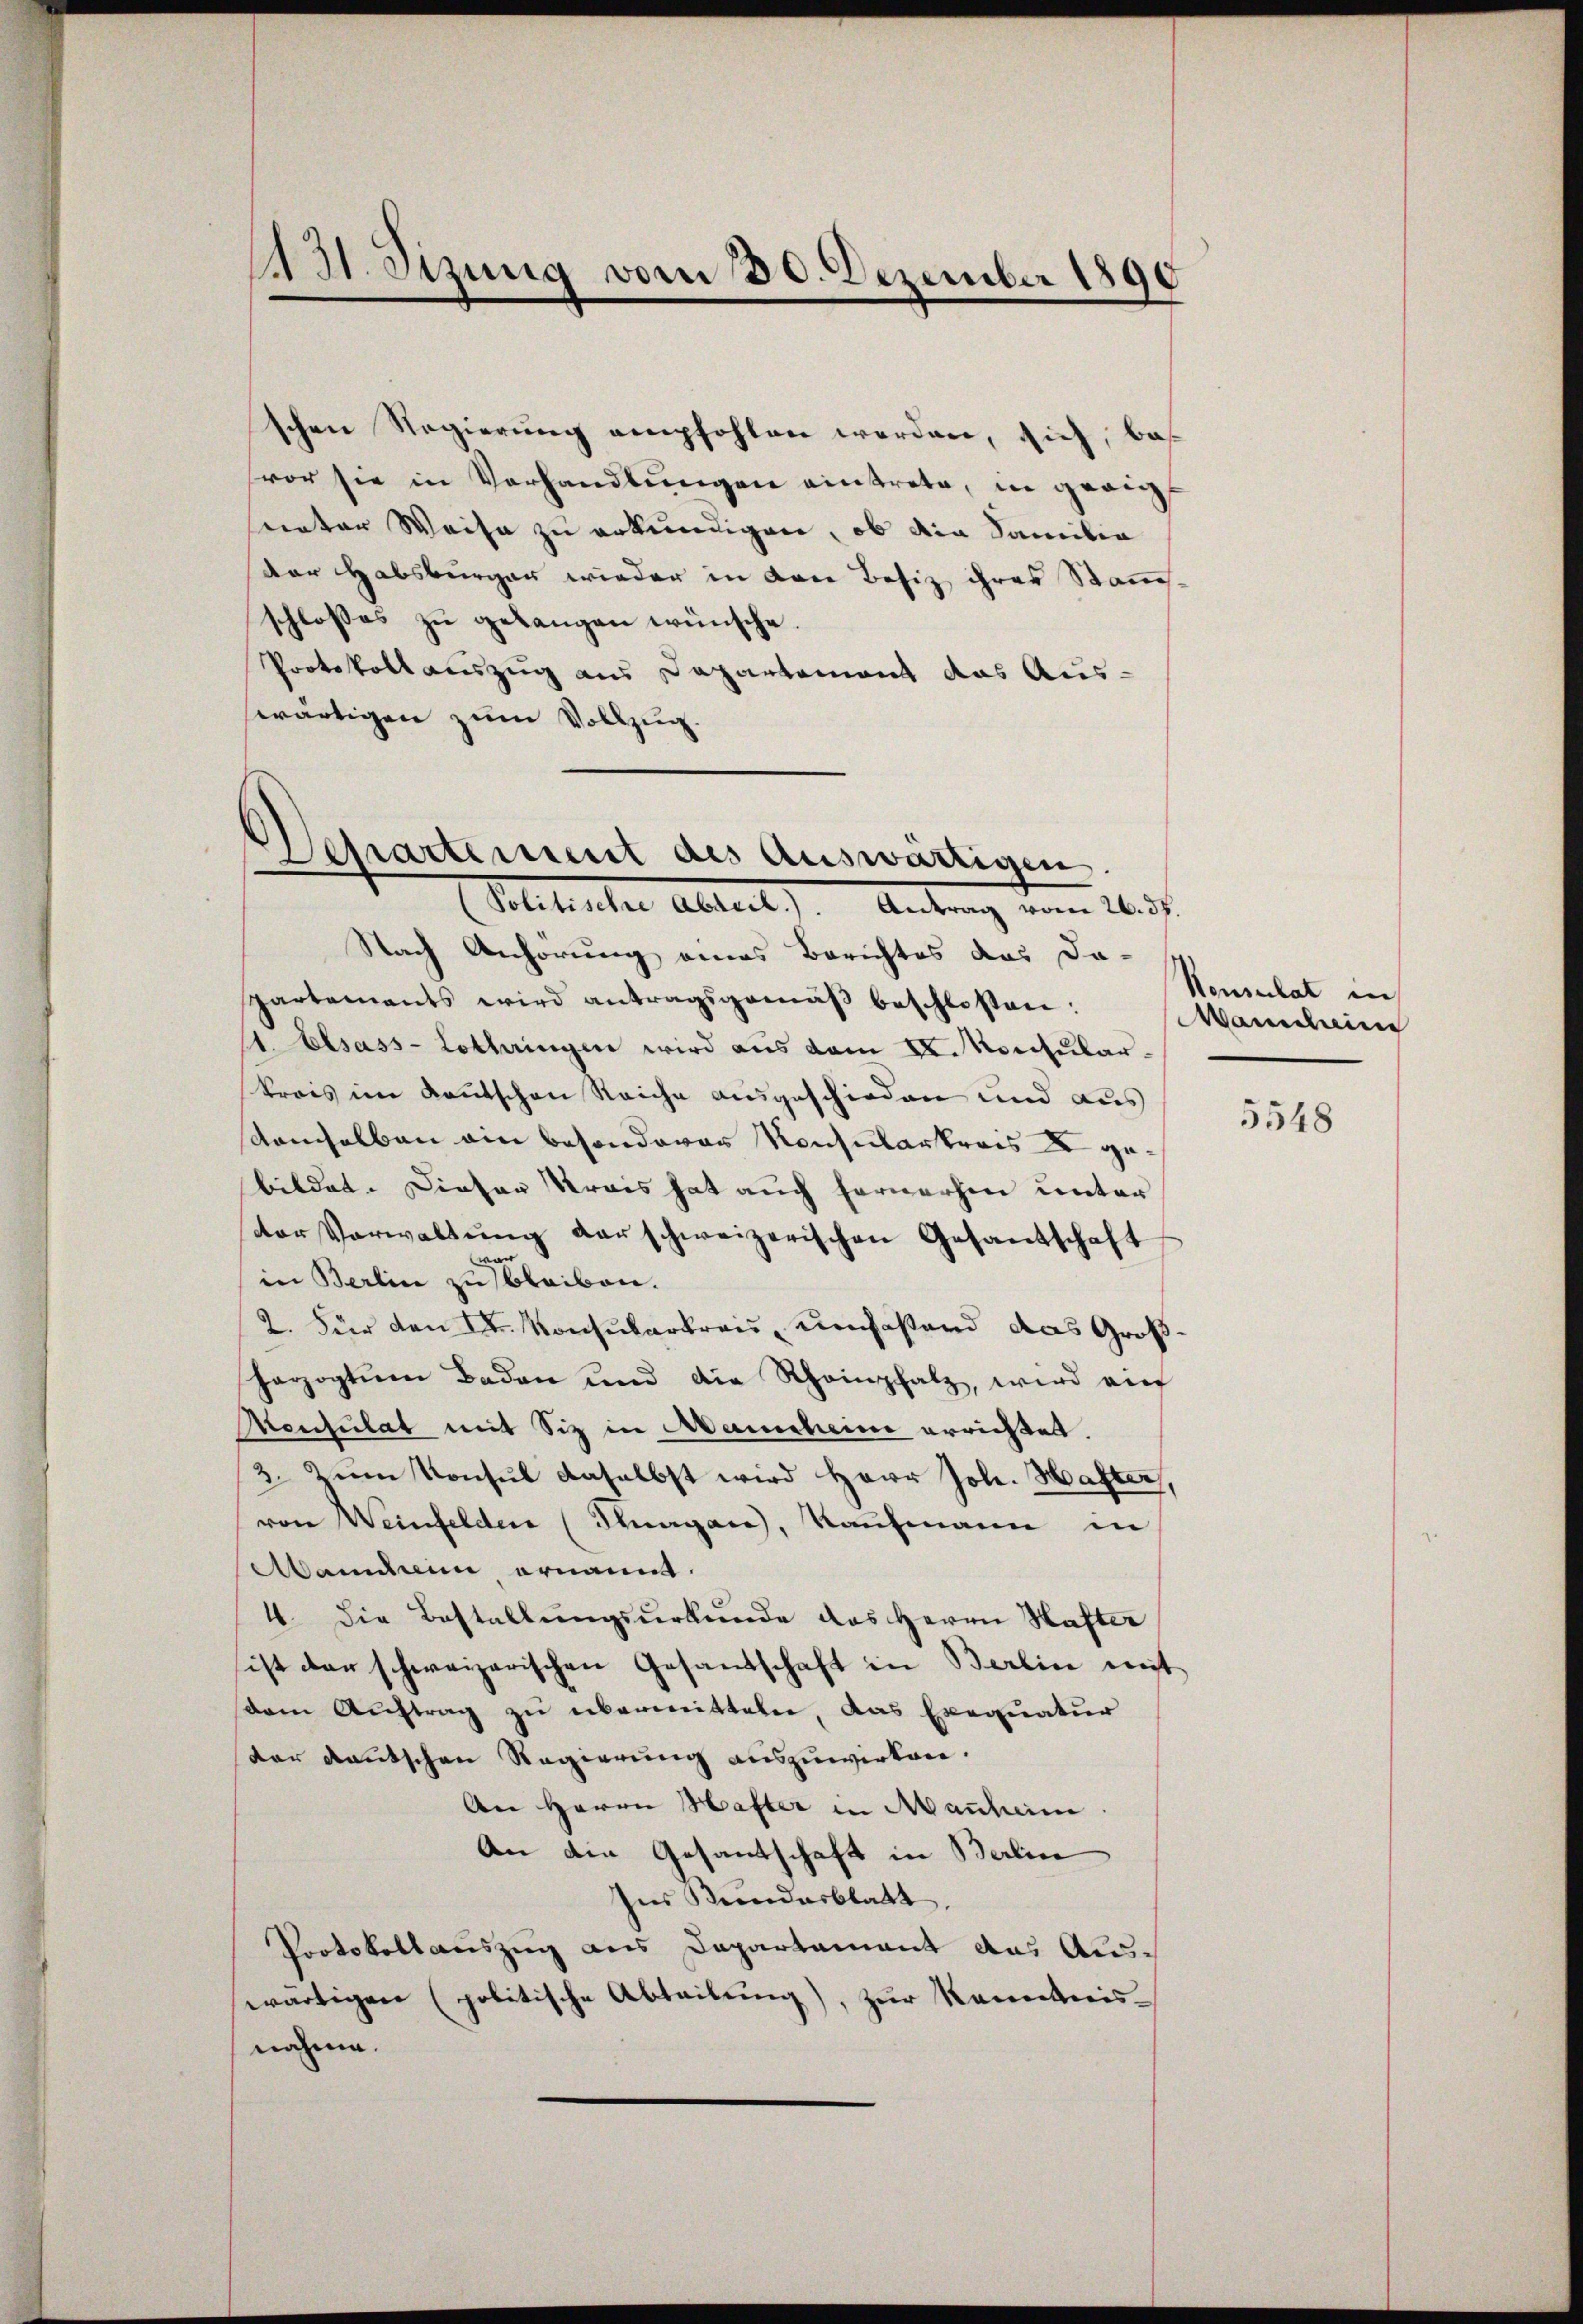
1131. Sizung vom 30. Dezember 1890

schen Regierung empfohlen werden, sich, bas
vor sie in Verhandlungen eintrete, in geeig
sunter Weise zu erkundigen, ob die Familie
der Habsburger wieder in den Besiz ihres Stammschlosses zu gelangen wünsche.
Protokoll auszug aus Departement das Aus-
swärtigen zum Vollzug.

Departement des auswärtigen
Politische Abteil.). Antrag vom 26. 38.

Nach Anhörung eines Berichtes das Da-
partamants wird antragsgemäβ beschlossen:
s. Elsass-Lothringen wird aus dem II. Konsular
kreis im kanntschen Reiche ausgeschieden und aus
demselben ain besonderer Konsularkreis gebildet. Dieser Krais hat auch fernerhen unter
der Verwaltŭng der schweizerischen Gesandschaft
in Berlin zu bleiben.
2. Für den Sr. Konsularkreis, umfaßend das Großherzogtum Baden und die Rheinpfalz, wird auf
Monsulat mit Siz in Mancheine errichtet.
3. Zum Konsul daselbst wird Herr Joh. Hafter,
von Weinfelden (Thurgau, Kaufmann in
Mamdin, ernannt.
4. Die Bestallungsurkunde das Herrn Hafter
ist der schweizerischen Gesandschaft in Berlin mit
dem Auftrag zu übermitteln, das Exequatur
dar deutschen Regierung auszuwirken.
An Herrn Hafter in Manheim.
An die Gesandschaft in Berline
Ines Kundesblatt.
Protokollauszug aus Departement das Auswärtigen (politische Abteilung), zur Kenntnisnahme.

Konsulat in
Warenleine

5548